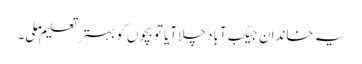
یہ خاندان جیکب آباد چلا آیا تو بچوں کو بہتر تعلیم ملی۔